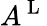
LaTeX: A^{\mathrm{~L~}}